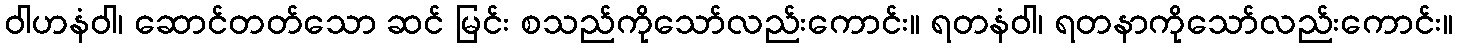
ဝါဟနံဝါ၊ ဆောင်တတ်သော ဆင် မြင်း စသည်ကိုသော်လည်းကောင်း။ ရတနံဝါ၊ ရတနာကိုသော်လည်းကောင်း။